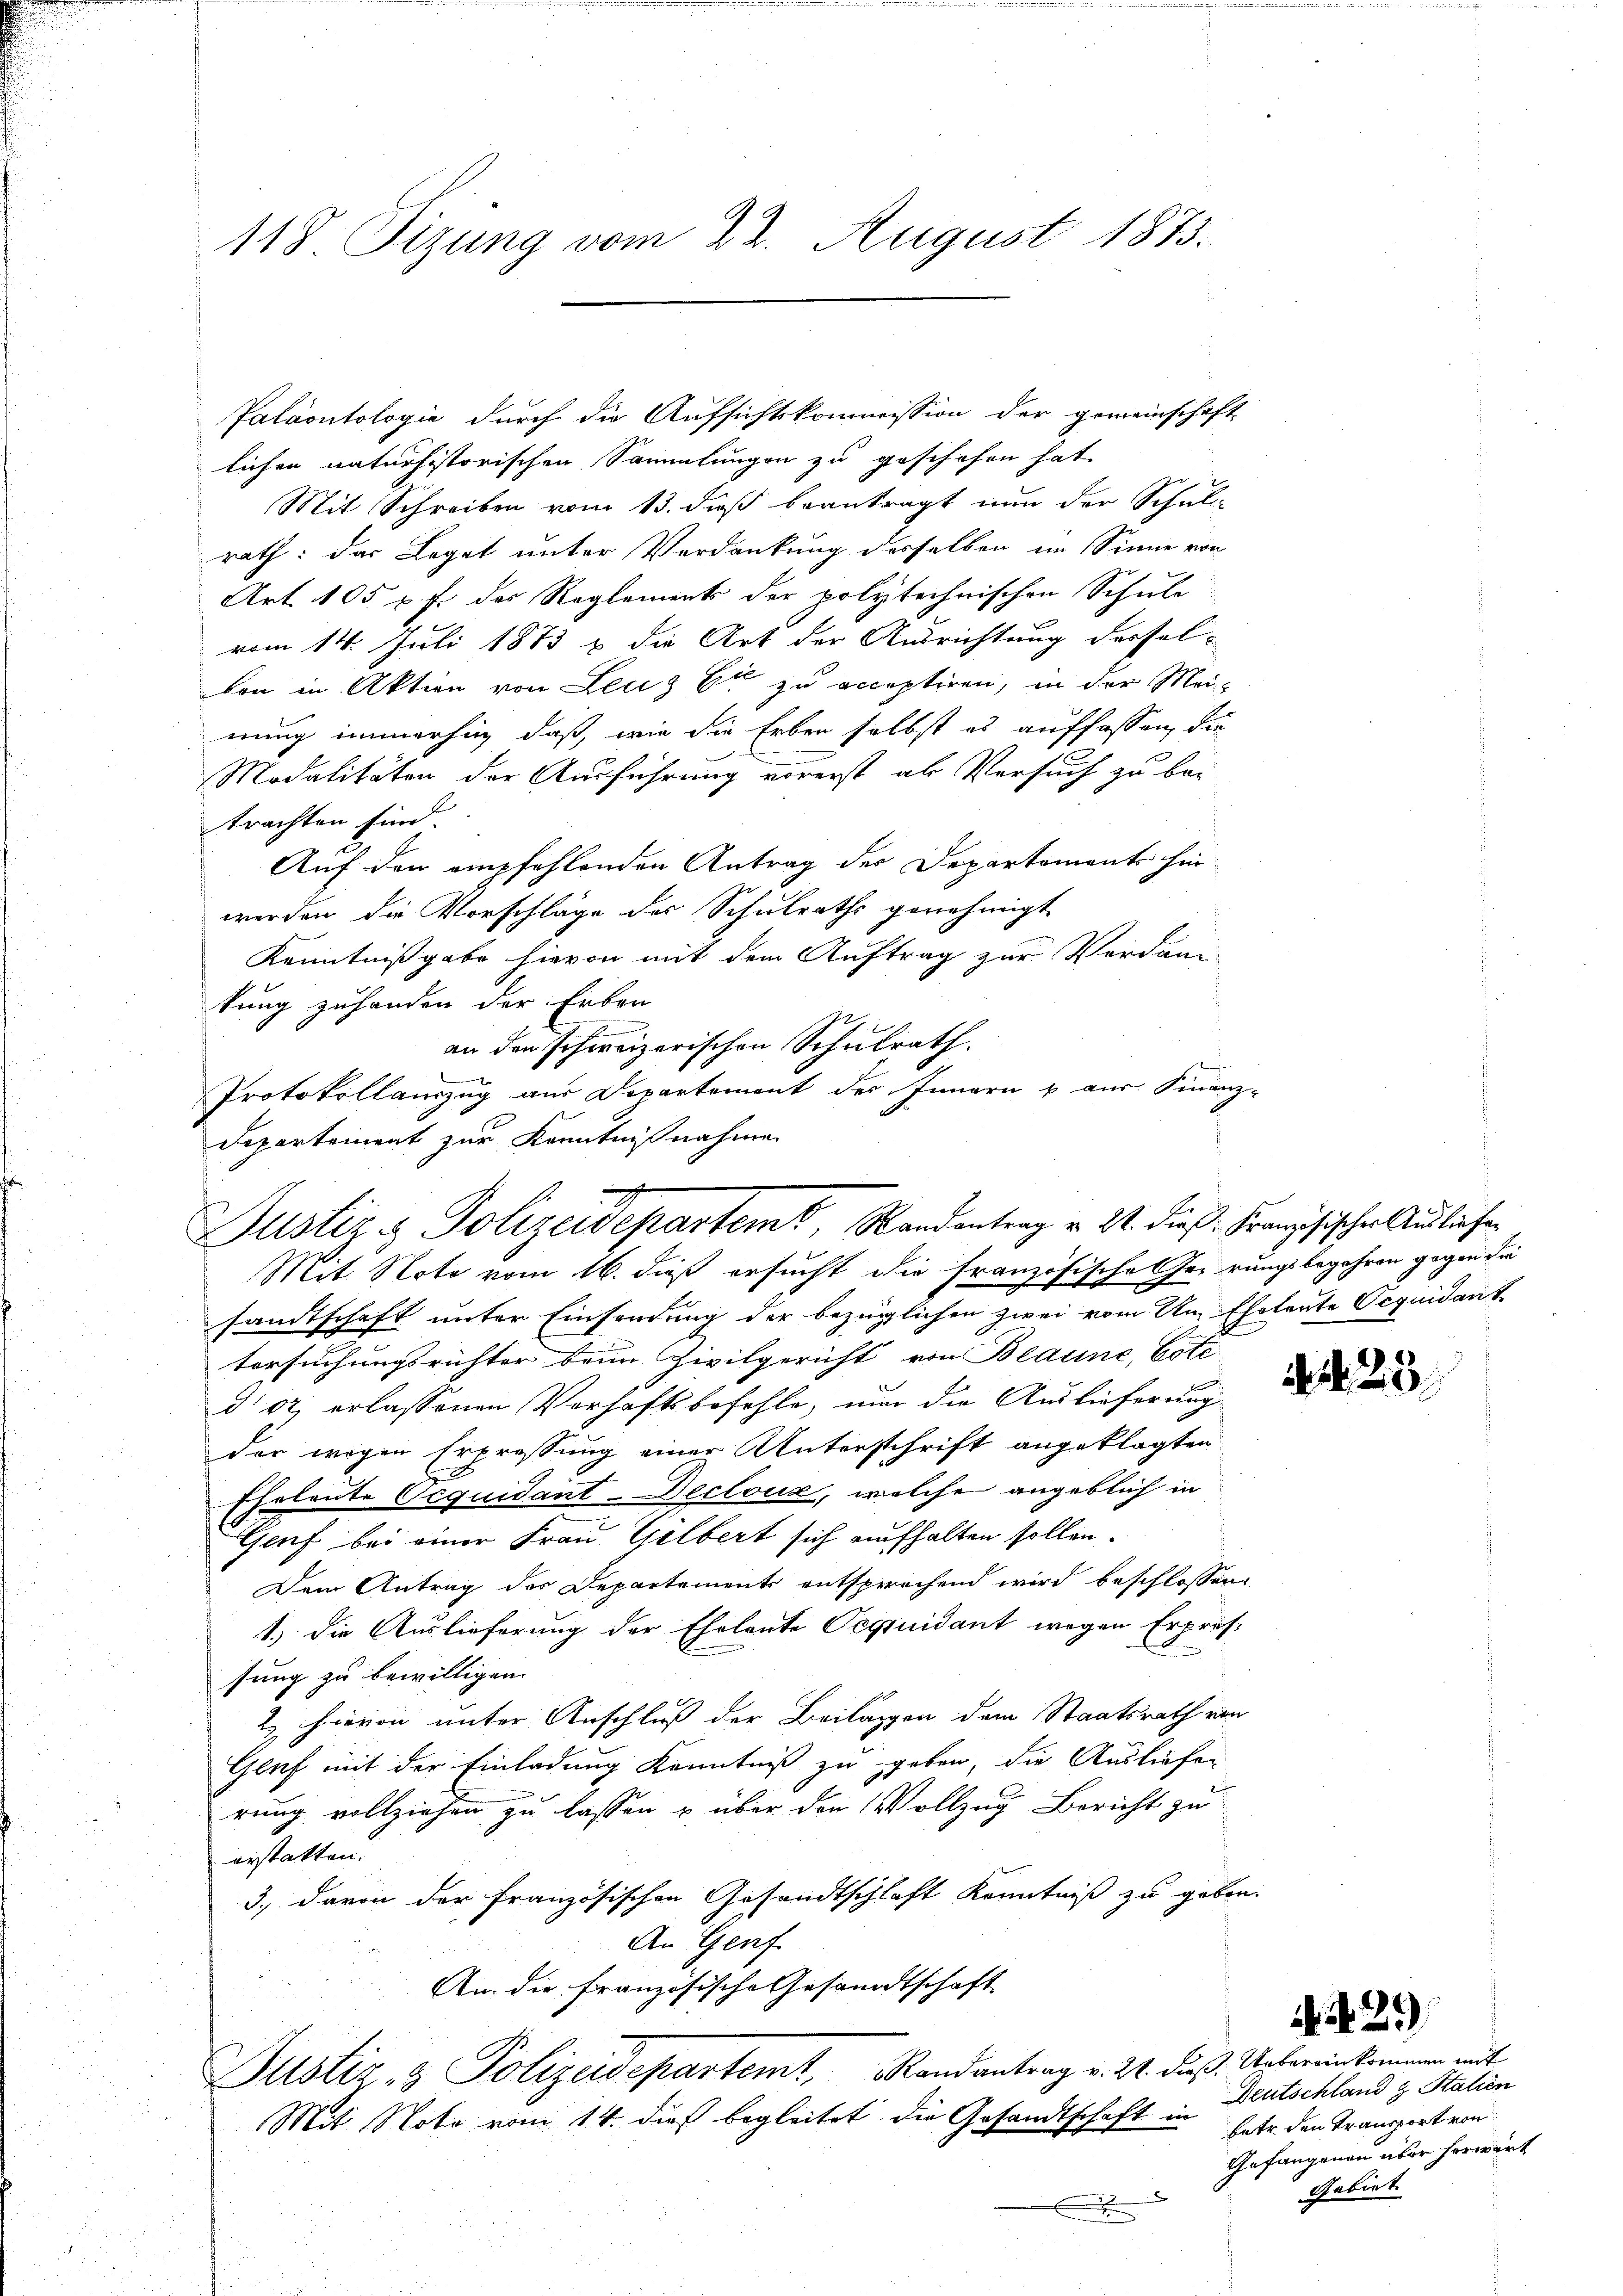
118 Sizung vom 22. August 1873.

Paläontologie durch die Aufsichtskommission der gemeinschaft
lichen naturhistorischen Sammlungen zu geschehen hat.
Mit Schreiben vom 13. daß beantragt nun der Schul-
rath: das Legat unter Verdankung derselben im Sinne von
Art. 105 u. f. des Reglements der polytechnischen Schule
vom 14. Juli 1873 u. die Art der Ausrichtung dessel-
von in Aktion von Leuz Er zu acceptiren, in der Meinung immerhin, daß, wie die Erben selbst es auffassen, die
Modalitäten der Ausführung vorerst als Versuch zu be-
trachten sind.
Auf den empfehlenden Antrag der Departements hin
werden die Vorschläge des Schulraths genehmigt.
Kenntnißgabe hievon mit dem Auftrag zur Verdan-
kung zuhanden der Erben
.
an den schweizerischen Schulrath.
Protokollamzug aus Departement des Innern & aus. Finanz-
Departement zur Kenntnißnahmen

Justiz & Polizeidepartemt, Randantrag v. 24. dieß Französischen Ausliefen

Mit Note vom 16. dieß ersucht die französische Gerungsbegehren gegen die
sandtschaft unter Einsendung der bezüglichen zwei vom Am. Eheleute Ocquidant
tersuchungsrichter brun Zivilgericht von Blaune, Bote
d 62, erlassenen Verhaftsbefehle, nur die Auslieferung
der wegen Erpressung einer Unterschrift angeklagten
Eheleute Acquidant-Decloux, welche angeblich in
Genf bei einer Frau Gelbert sich aufhalten sollen.
Dem Antrag des Departements entsprochend wird beschlossen:
1.) Die Auslieferung der Eheleute Ocquidant wegen Erprössung zu bewilligen.
2 hievon unter Anschluß der Beilagen dem Staatsrath von
Genf mit der Einladung Kenntniß zu geben, die Ausliefen
rung vollziehen zu lassen u über den Vollzug Bericht zu
erstatten.
3., davon der Französischen Gesandtschlaft Kenntniß zu geben.
An Genf
An die Französische Gesandtschaft
Justiz- & Polizeidepartemt, Randantrag v. 21. dieß. Uebereinkommen mit
Mit Note vom 14. dieß begleitet die Gesandtschaft in
F

25

N. N. 25

Deutschland & Statien
betr. den Transport von
Gefangenen über herwärt
Gebiet